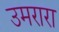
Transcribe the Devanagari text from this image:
उमरारा